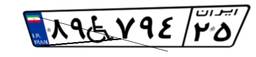
۸۹W۷۹۴۲۵